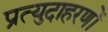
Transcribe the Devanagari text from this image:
प्रत्युदाहरणों